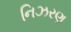
નિઝરણ